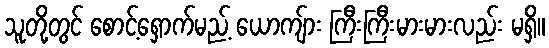
သူတို့တွင် စောင့်ရှောက်မည့် ယောကျ်ား ကြီးကြီးမားမားလည်း မရှိ။